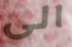
الى